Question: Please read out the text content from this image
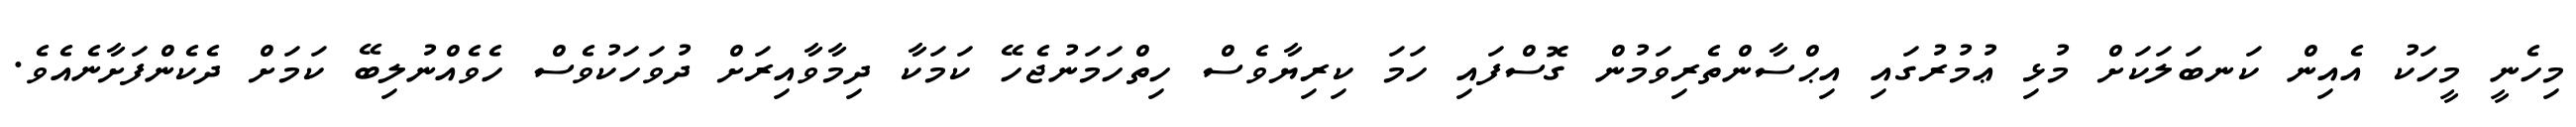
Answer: މިހެނީ މީހަކު އެއިން ކަނބަލަކަށް މުޅި ޢުމުރުގައި އިޙްސާންތެރިވަމުން ގޮސްފައި ހަމަ ކިރިޔާވެސް ހިތްހަމަނުޖެހޭ ކަމަކާ ދިމާވާއިރަށް ދުވަހަކުވެސް ހެވެއްނުލިބޭ ކަމަށް ދެކެންފަށާނެއެވެ.